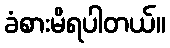
ခံစားမိရပါတယ်။